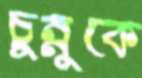
চুন্নুকে